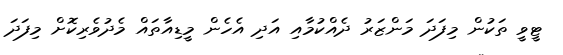
ޓީވީ ތަކުން މިފަދަ މަންޒަރު ދެއްކުމާއި އަދި އެހެން މީޑިއާތައް މެދުވެރިކޮށް މިފަދަ